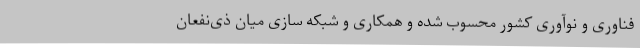
فناوری و نوآوری کشور محسوب شده و همکاری و شبکه سازی میان ذی‌نفعان